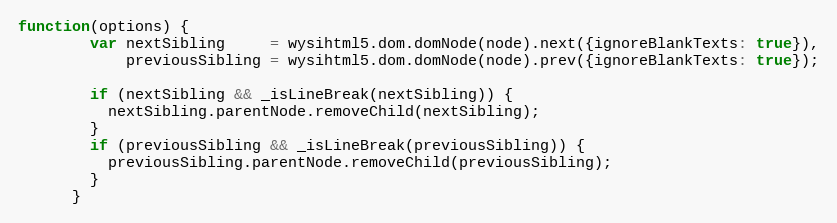
Language: JavaScript
function(options) {
        var nextSibling     = wysihtml5.dom.domNode(node).next({ignoreBlankTexts: true}),
            previousSibling = wysihtml5.dom.domNode(node).prev({ignoreBlankTexts: true});

        if (nextSibling && _isLineBreak(nextSibling)) {
          nextSibling.parentNode.removeChild(nextSibling);
        }
        if (previousSibling && _isLineBreak(previousSibling)) {
          previousSibling.parentNode.removeChild(previousSibling);
        }
      }